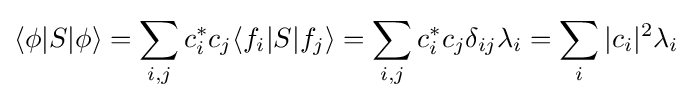
\langle \phi |S|\phi \rangle =\sum _{i,j}c_{i}^{*}c_{j}\langle f_{i}|S|f_{j}\rangle =\sum _{i,j}c_{i}^{*}c_{j}\delta _{ij}\lambda _{i}=\sum _{i}|c_{i}|^{2}\lambda _{i}